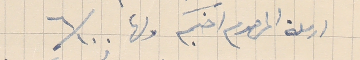
ارملة المرحوم اخيكم ولها ٦/١٠٠